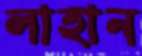
লাহান